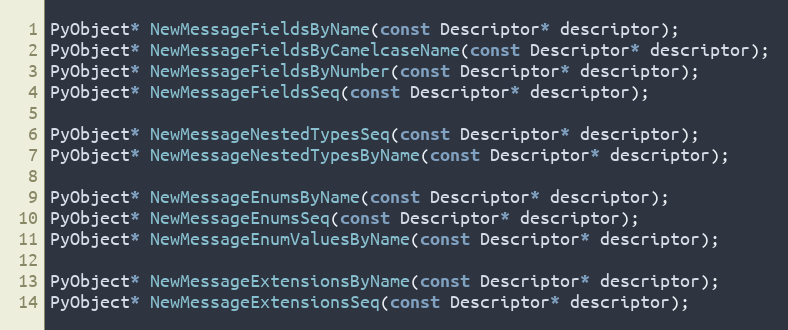
Language: C
PyObject* NewMessageFieldsByName(const Descriptor* descriptor);
PyObject* NewMessageFieldsByCamelcaseName(const Descriptor* descriptor);
PyObject* NewMessageFieldsByNumber(const Descriptor* descriptor);
PyObject* NewMessageFieldsSeq(const Descriptor* descriptor);

PyObject* NewMessageNestedTypesSeq(const Descriptor* descriptor);
PyObject* NewMessageNestedTypesByName(const Descriptor* descriptor);

PyObject* NewMessageEnumsByName(const Descriptor* descriptor);
PyObject* NewMessageEnumsSeq(const Descriptor* descriptor);
PyObject* NewMessageEnumValuesByName(const Descriptor* descriptor);

PyObject* NewMessageExtensionsByName(const Descriptor* descriptor);
PyObject* NewMessageExtensionsSeq(const Descriptor* descriptor);